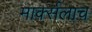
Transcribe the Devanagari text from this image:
मार्क्‍सलाच